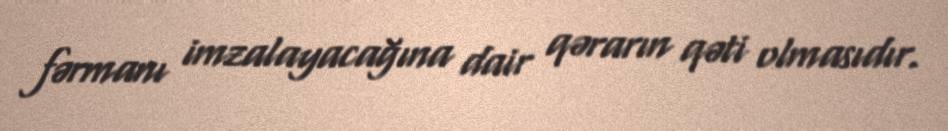
fərmanı imzalayacağına dair qərarın qəti olmasıdır.